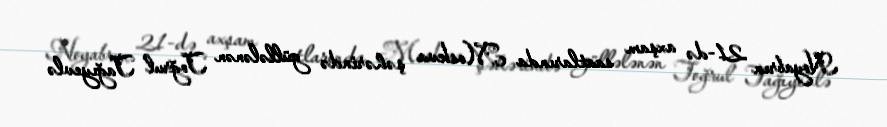
Noyabrın 21-də axşam saatlarında Moskva şəhərində güllələnən Toğrul Tağıyevlə